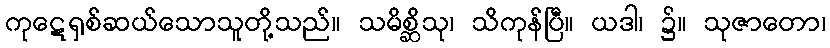
ကုဋေရှစ်ဆယ်သောသူတို့သည်။ သမိစ္ဆိသု၊ သိကုန်ပြီ။ ယဒါ၊ ၌။ သုဇာတော၊